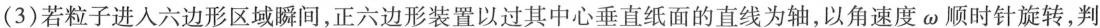
(3)若粒子进入六边形区域瞬间，正六边形装置以过其中心垂直纸面的直线为轴，以角速度ω顺时针旋转，判